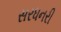
સરધનરી